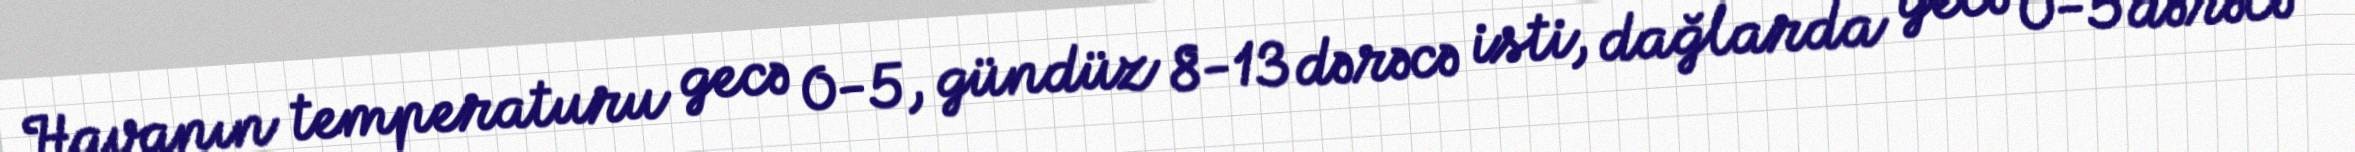
Havanın temperaturu gecə 0-5, gündüz 8-13 dərəcə isti, dağlarda gecə 0-5 dərəcə